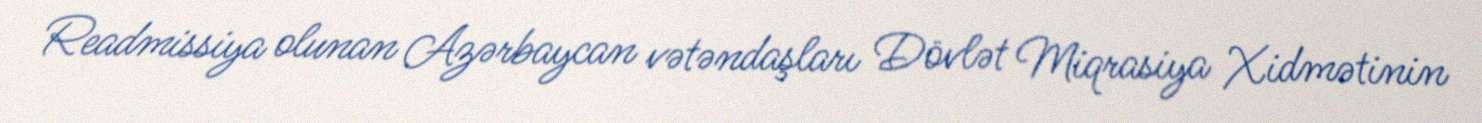
Readmissiya olunan Azərbaycan vətəndaşları Dövlət Miqrasiya Xidmətinin